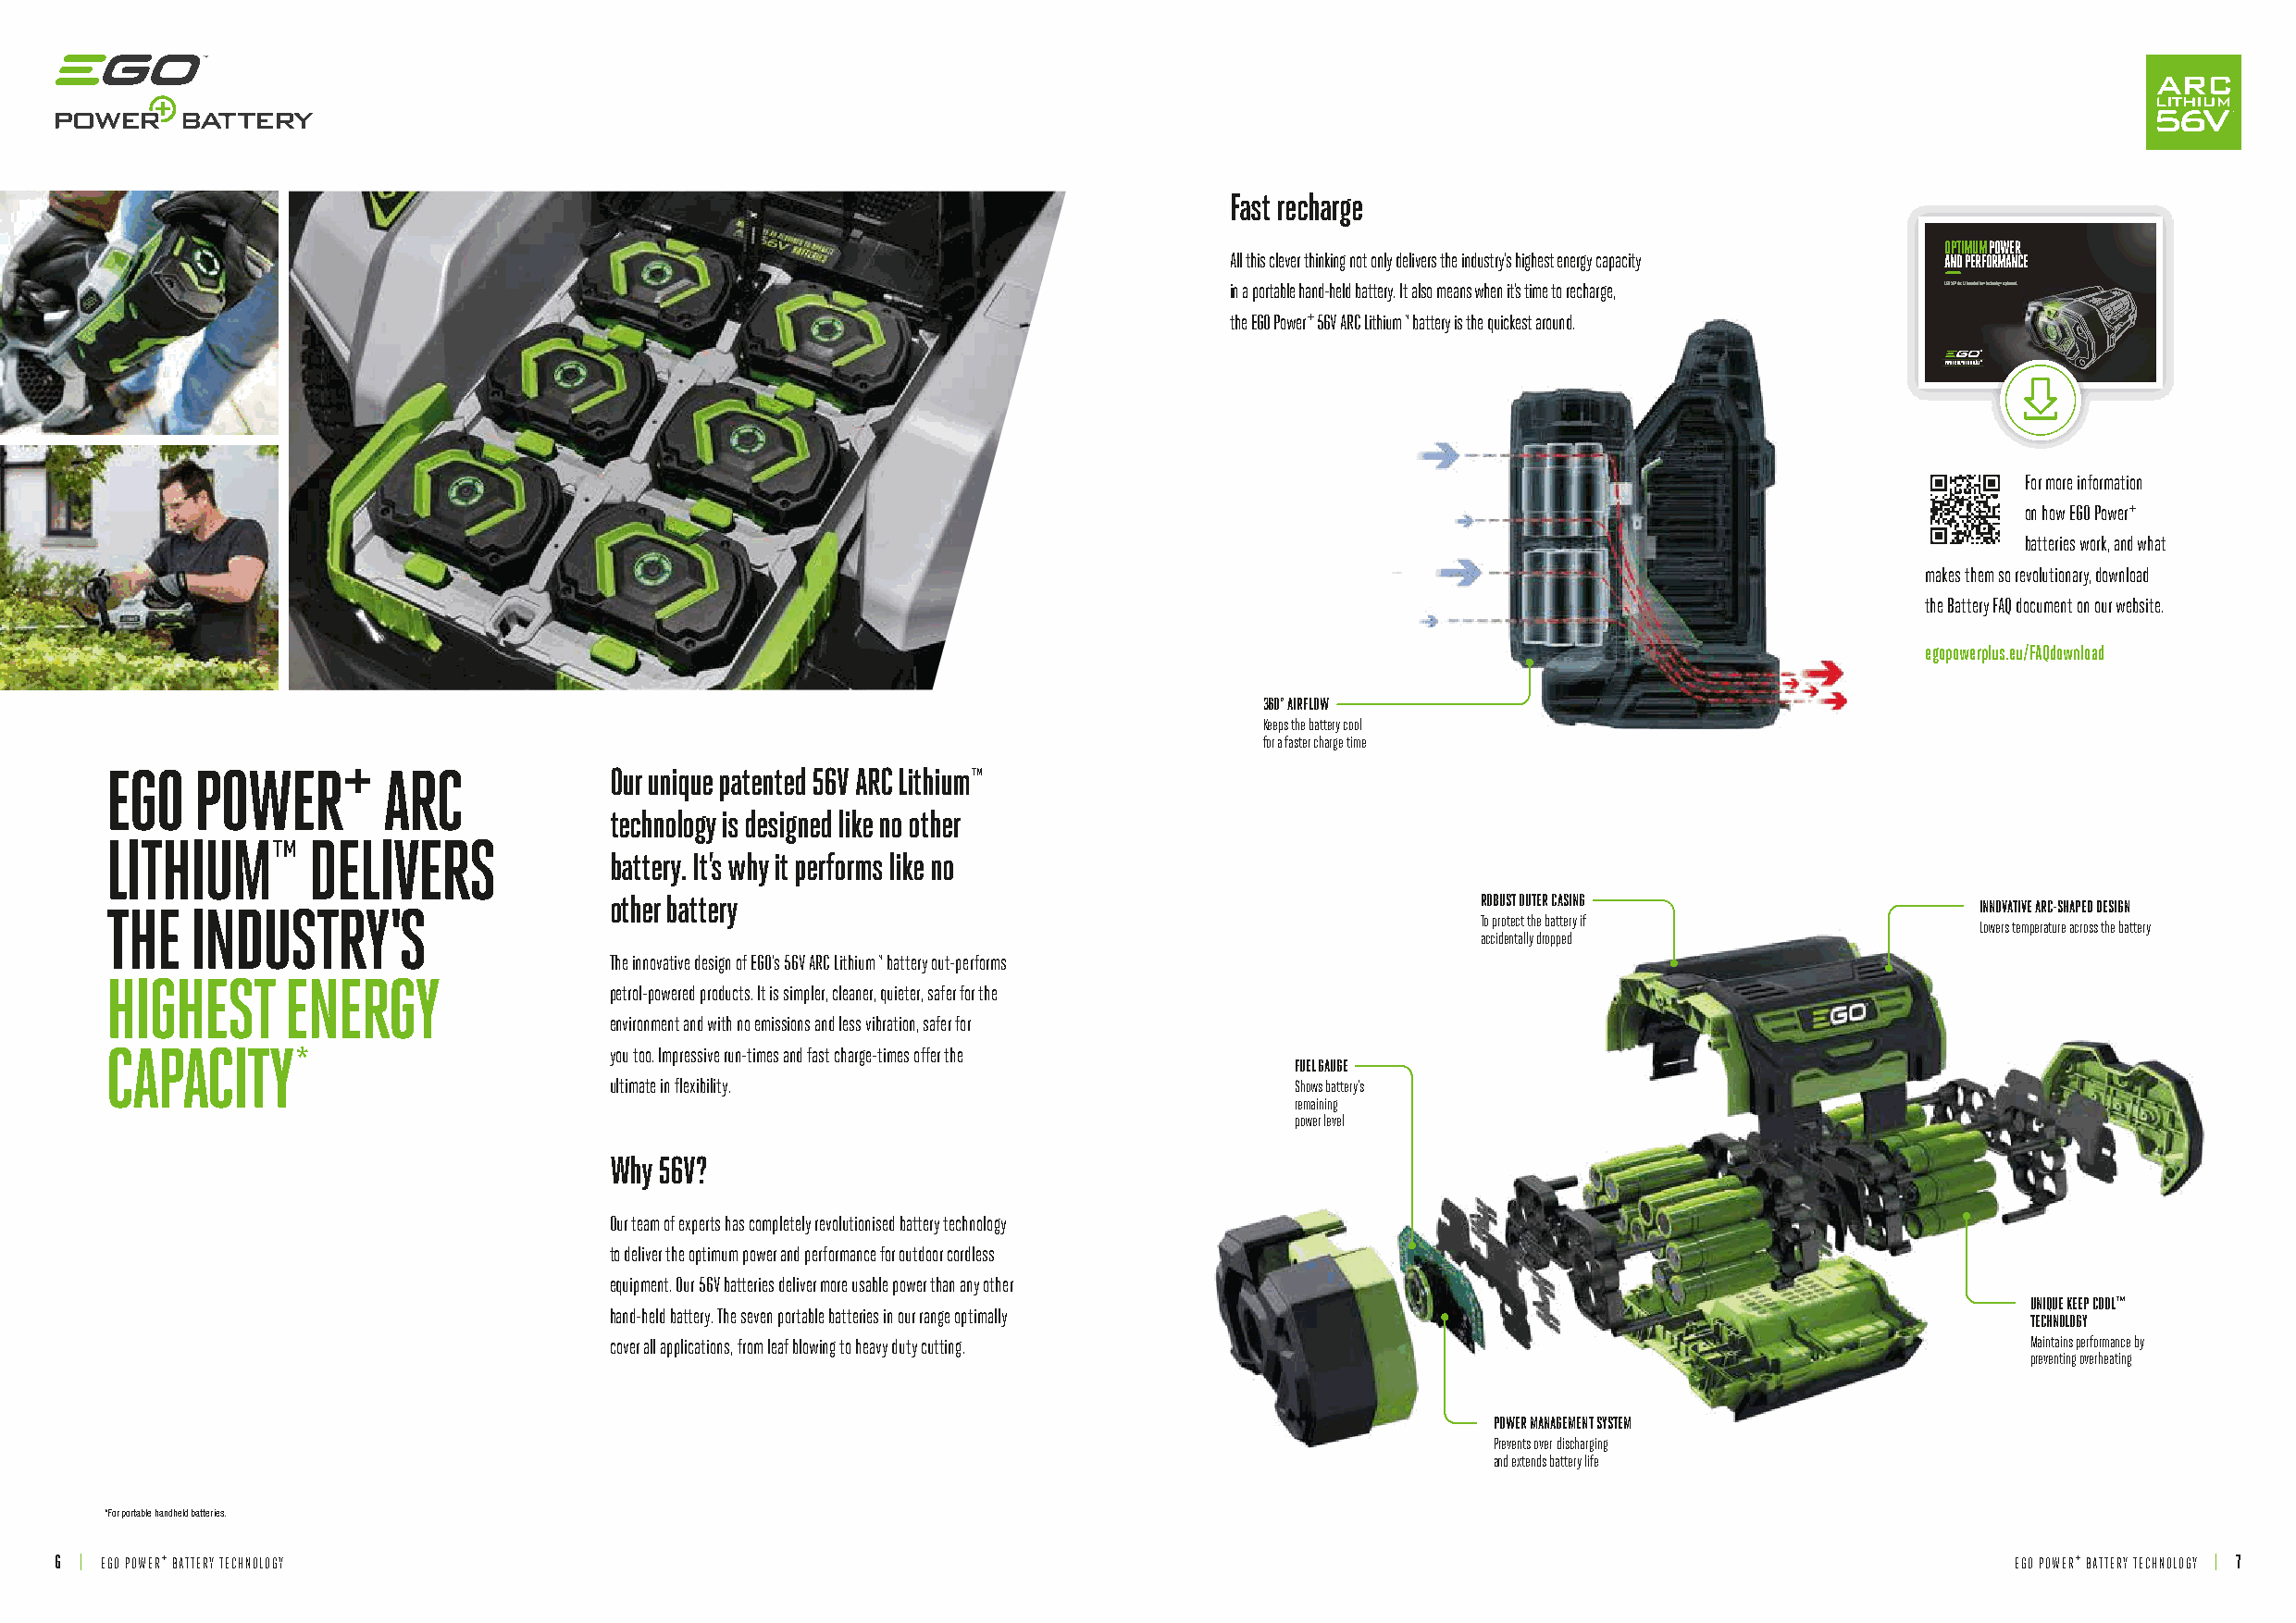
Fast recharge
 OPTIMUM POWER
 All this clever thinking not only delivers the industry’s highest energy capacity AND PERFORMANCE
 in a portable hand-held battery. It also means when it’s time to recharge, EGO 56V Arc Lithium battery technology explained.
 +
 the EGO Power 56V ARC Lithium™ battery is the quickest around.
 1
 For more information
 +
 on how EGO Power
 batteries work, and what
 makes them so revolutionary, download
 the Battery FAQ document on our website.
 egopowerplus.eu/FAQdownload
 360° AIRFLOW
 Keeps the battery cool
 +                                                                 for a faster charge time
 EGO   POWER        ARC              Our unique patented 56V ARC Lithium™
 technology is designed like no other
 LITHIUM™      DELIVERS
 battery. It’s why it performs like no
 other battery                                                 ROBUST OUTER CASING
 THE   INDUSTRY'S                                                                                                                      INNOVATIVE ARC-SHAPED DESIGN
 To protect the battery if
 Lowers temperature across the battery
 accidentally dropped
 The innovative design of EGO’s 56V ARC Lithium™ battery out-performs
 HIGHEST     ENERGY
 petrol-powered products. It is simpler, cleaner, quieter, safer for the
 environment and with no emissions and less vibration, safer for
 CAPACITY*                           you too. Impressive run-times and fast charge-times offer the
 FUEL GAUGE
 ultimate in flexibility.                         Shows battery’s
 remaining
 power level
 Why 56V?
 Our team of experts has completely revolutionised battery technology
 to deliver the optimum power and performance for outdoor cordless
 equipment. Our 56V batteries deliver more usable power than any other
 UNIQUE KEEP COOL™
 hand-held battery. The seven portable batteries in our range optimally
 TECHNOLOGY
 cover all applications, from leaf blowing to heavy duty cutting.                                     Maintains performance by
 preventing overheating
 POWER MANAGEMENT SYSTEM
 Prevents over-discharging
 and extends battery life
 *For portable handheld batteries.
 6 | EGO POWER+ BATTERY TECHNOLOGY                                                                                                           EGO POWER+ BATTERY TECHNOLOGY | 7